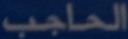
الحاجب